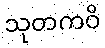
သုတကဝိ